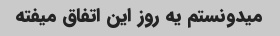
میدونستم یه روز این اتفاق میفته